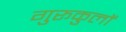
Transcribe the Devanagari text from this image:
गुरूकुलों